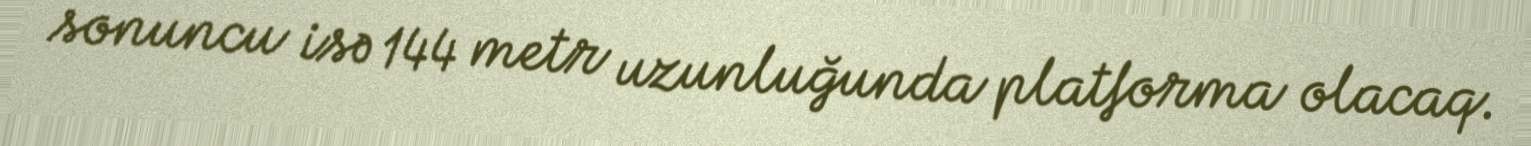
sonuncu isə 144 metr uzunluğunda platforma olacaq.